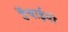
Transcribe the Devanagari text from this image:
उँचाईयो